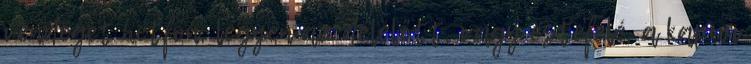
vendéget hétfőn, legyen az délelőtt, vagy estefelé, a kapun